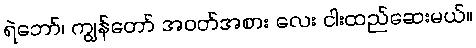
ရဲဘော်၊ ကျွန်တော် အဝတ်အစား လေး ငါးထည်ဆေးမယ်။